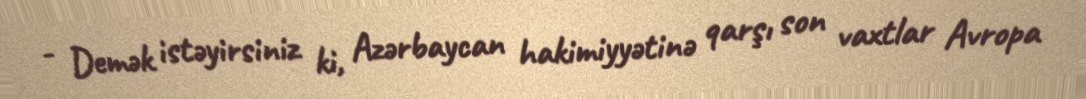
- Demək istəyirsiniz ki, Azərbaycan hakimiyyətinə qarşı son vaxtlar Avropa